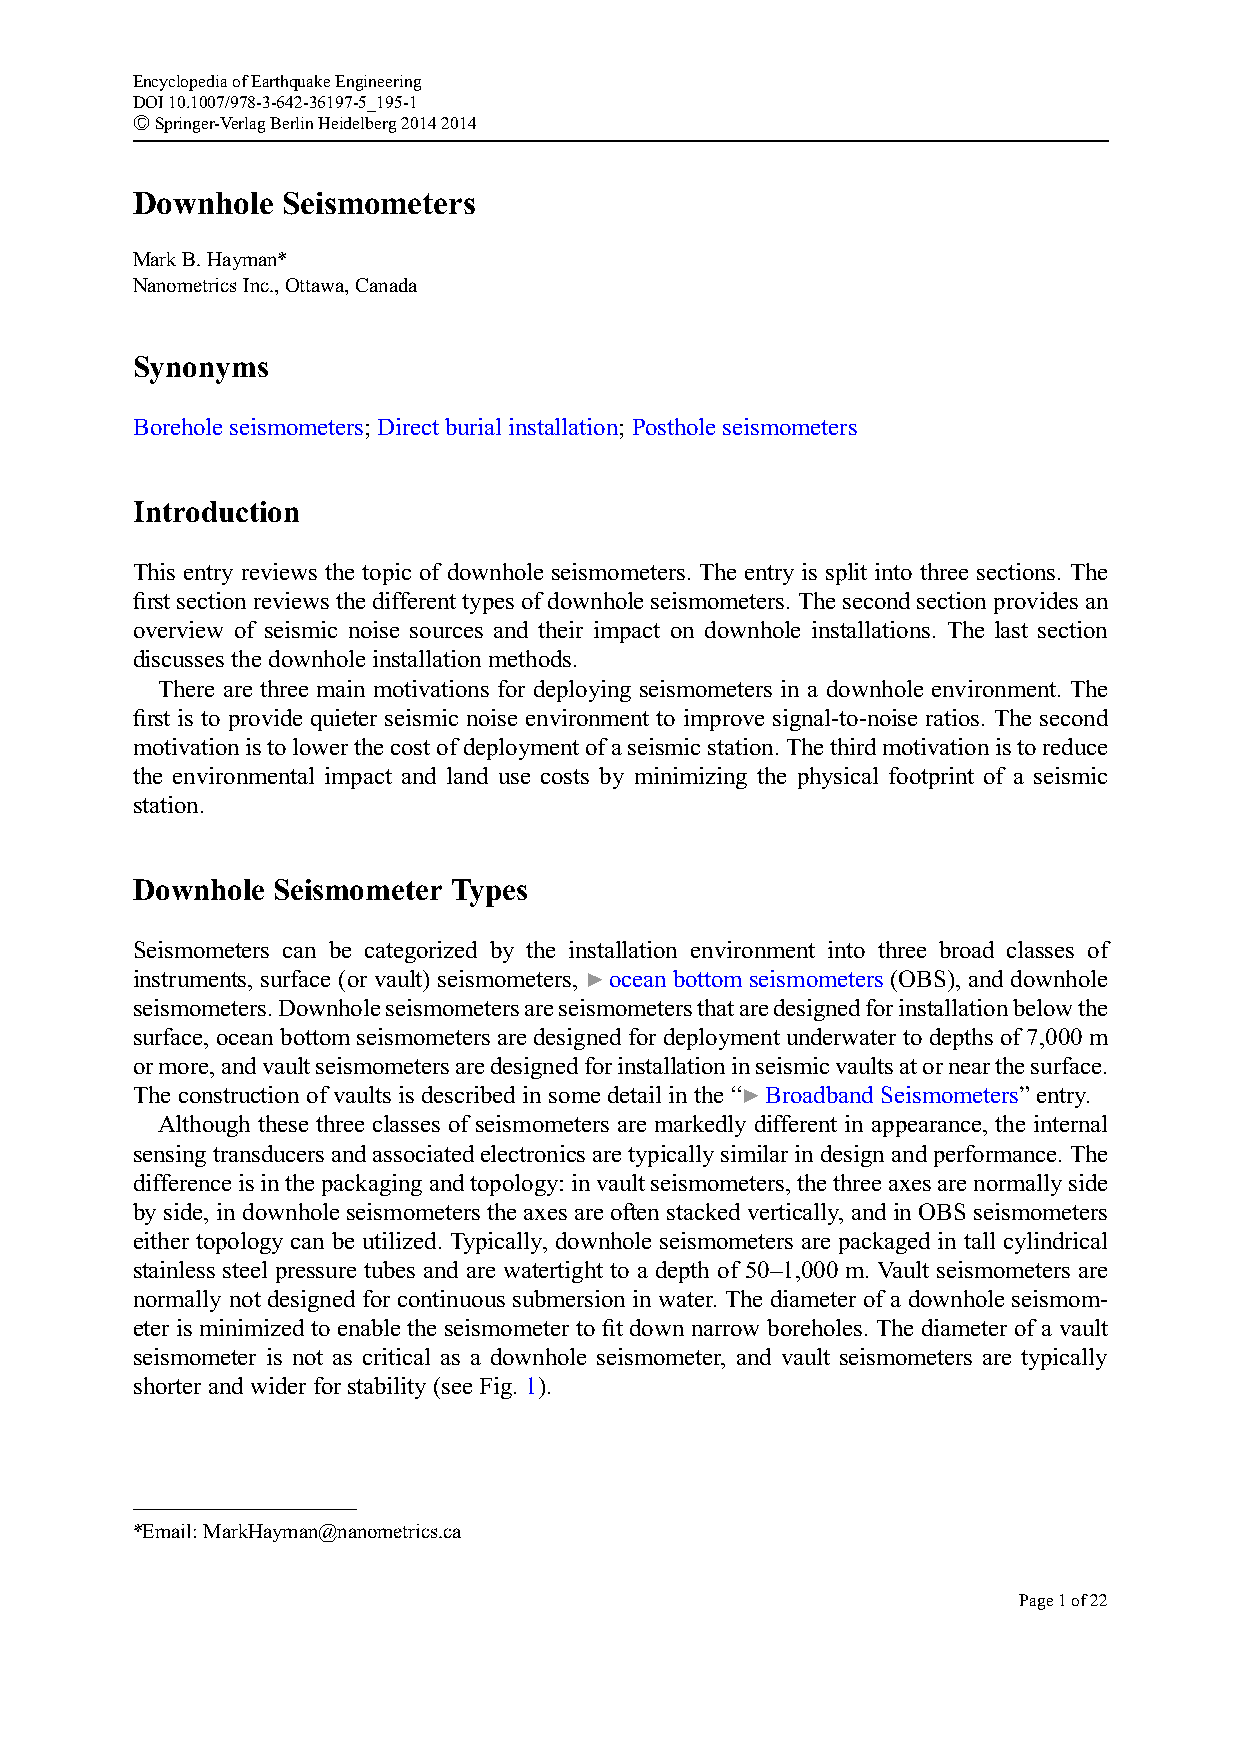
EncyclopediaofEarthquakeEngineering
 DOI10.1007/978-3-642-36197-5_195-1
 #Springer-VerlagBerlinHeidelberg20142014
 Downhole  Seismometers
 MarkB.Hayman*
 NanometricsInc.,Ottawa,Canada
 Synonyms
 Borehole seismometers; Direct burial installation; Posthole seismometers
 Introduction
 This entry reviews the topic of downhole seismometers. The entry is split into three sections. The
 first sectionreviewsthedifferenttypesofdownholeseismometers. Thesecondsectionprovidesan
 overview of seismic noise sources and their impact on downhole installations. The last section
 discusses the downhole installation methods.
 There are three main motivations for deploying seismometers in a downhole environment. The
 first is to provide quieter seismic noise environment to improve signal-to-noise ratios. The second
 motivationistolowerthecostofdeploymentofaseismicstation.Thethirdmotivationistoreduce
 the environmental impact and land use costs by minimizing the physical footprint of a seismic
 station.
 Downhole Seismometer Types
 Seismometers can be categorized by the installation environment into three broad classes of
 instruments, surface (or vault) seismometers, ▶ocean bottom seismometers (OBS), and downhole
 seismometers.Downholeseismometersareseismometersthataredesignedforinstallationbelowthe
 surface, ocean bottom seismometers are designed for deployment underwater to depths of 7,000 m
 ormore,andvaultseismometersaredesignedforinstallationinseismicvaultsatornearthesurface.
 The construction of vaults is described in some detail in the “▶Broadband Seismometers” entry.
 Although these three classes of seismometers are markedly different in appearance, the internal
 sensingtransducersandassociatedelectronicsaretypicallysimilarindesignandperformance.The
 differenceisinthepackagingandtopology:invaultseismometers,thethreeaxesarenormallyside
 by side, in downhole seismometers the axes are often stacked vertically, and in OBS seismometers
 either topology can be utilized. Typically, downhole seismometers are packaged in tall cylindrical
 stainless steel pressure tubes and are watertight to a depth of 50–1,000 m. Vault seismometers are
 normally not designed for continuous submersion in water. The diameter of a downhole seismom-
 eter is minimized to enable the seismometer to fit down narrow boreholes. The diameter of a vault
 seismometer is not as critical as a downhole seismometer, and vault seismometers are typically
 shorter and wider for stability (see Fig. 1).
 *Email:MarkHayman@nanometrics.ca
 Page1of22